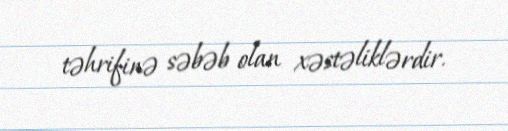
təhrifinə səbəb olan xəstəliklərdir.